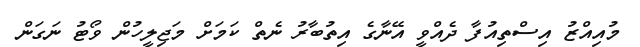
މުއިއްޒު އިސްތިއުފާ ދެއްވީ އޭނާގެ އިތުބާރު ނެތް ކަމަށް މަޖިލީހުން ވޯޓު ނަގަން